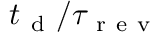
t _ { \mathrm { ~ d ~ } } / \tau _ { \mathrm { ~ r ~ e ~ v ~ } }